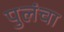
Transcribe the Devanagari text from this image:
पुलंचा